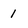
Character: 1